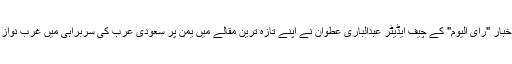
عرب دنیا کے معروف سیاسی تجزیہ نگار اور اخبار "رای الیوم" کے چیف ایڈیٹر عبدالباری عطوان نے اپنے تازہ ترین مقالے میں یمن پر سعودی عرب کی سربراہی میں غرب نواز عرب اتحاد کی فوجی جارحیت کا جائزہ لیا ہے۔